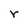
Character: r